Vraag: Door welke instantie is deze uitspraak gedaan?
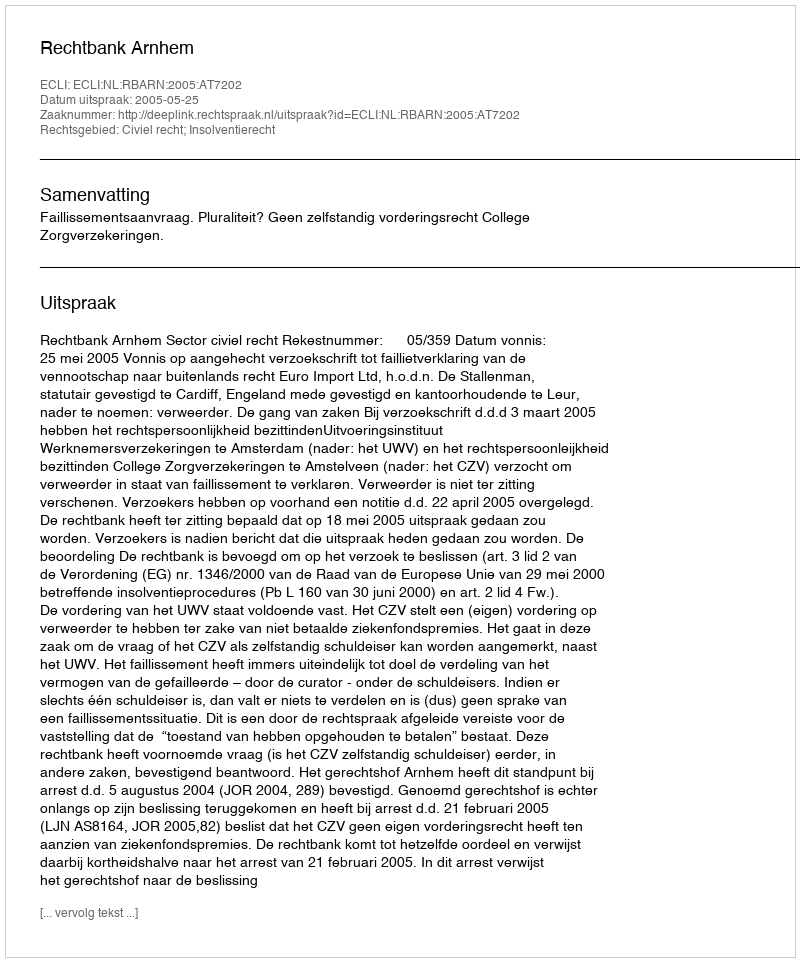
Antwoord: Rechtbank Arnhem